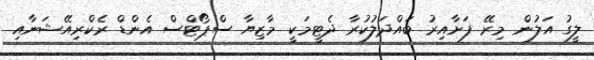
ލީގު އަލުން މިރޭ ފަށާއިރު ބައްދަލުކުރާ ދެޓީމަކީ މާޒިޔާ ސްޕޯޓްސް އެންޑް ރެކްރިއޭޝަނާއި